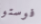
فوستو